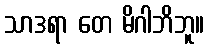
သာဒရာ တေ မိဂါဘိဘူ။